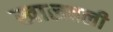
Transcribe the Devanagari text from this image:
खालवली